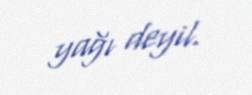
yağı deyil.